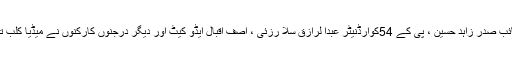
ان خیا لات کا اظہار تحریک انصاف تحصیل تخت بھا ئی کے سینئر نائب صدر زاہد حسین ، پی کے 54کوارڈنیٹر عبدا لرازق سلا رزئی ، آصف اقبال ایڈو کیٹ اور دیگر درجنوں کارکنوں نے میڈیا کلب تخت بھائی میں ہنگامی پریس کا نفرنس سے خطاب کرتے ہو ئے کیا ۔